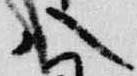
八